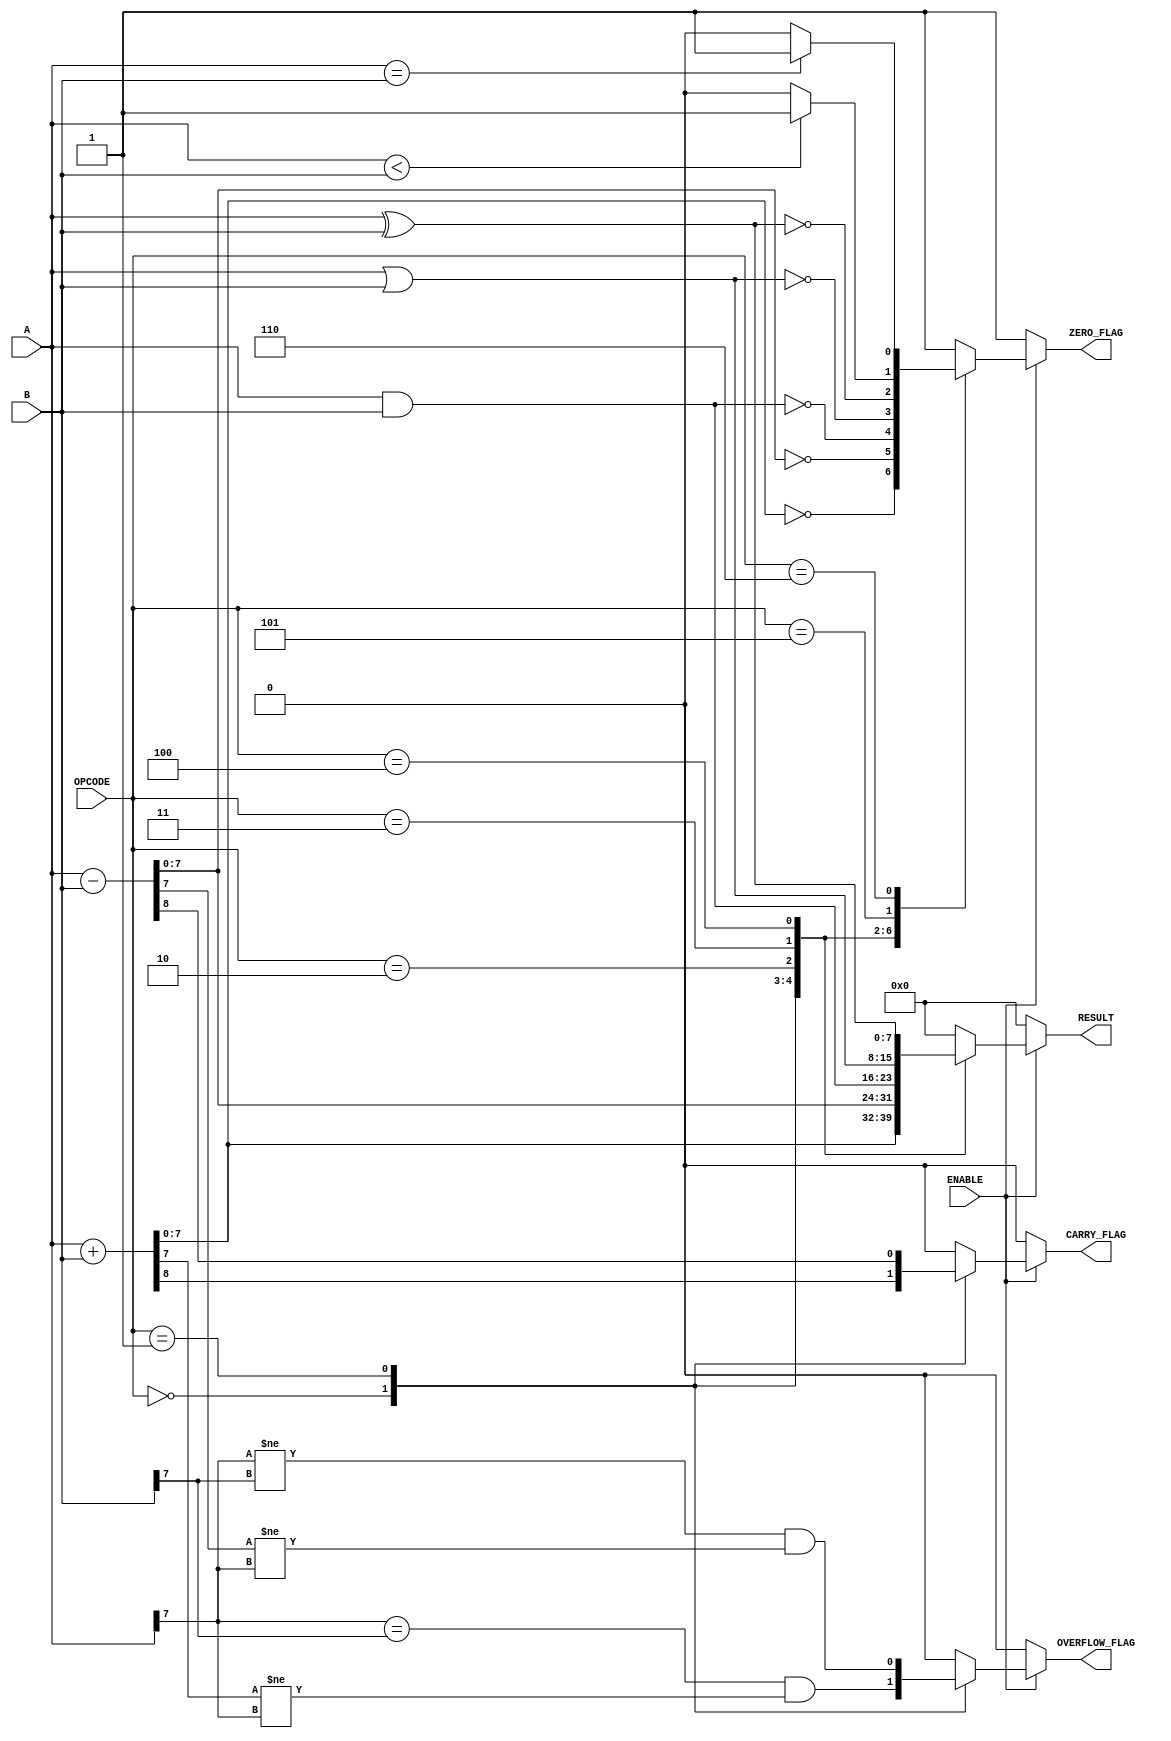
module parameterized_ALU #(
    parameter DATA_WIDTH = 8 // Define default DATA_WIDTH
)(
    input  [DATA_WIDTH-1:0] A,         // First operand
    input  [DATA_WIDTH-1:0] B,         // Second operand
    input  [2:0] OPCODE,                // Operation code
    input  ENABLE,                      // Enable signal
    output reg [DATA_WIDTH-1:0] RESULT, // Result of the operation
    output reg ZERO_FLAG,               // Zero flag
    output reg CARRY_FLAG,              // Carry flag
    output reg OVERFLOW_FLAG             // Overflow flag
);

// Operations
localparam ADD     = 3'b000;
localparam SUB     = 3'b001;
localparam AND     = 3'b010;
localparam OR      = 3'b011;
localparam XOR     = 3'b100;
localparam LT      = 3'b101;  // Less than comparison
localparam EQ      = 3'b110;  // Equal comparison

always @(*) begin
    if (!ENABLE) begin
        RESULT = 0;
        ZERO_FLAG = 1'b1;
        CARRY_FLAG = 1'b0;
        OVERFLOW_FLAG = 1'b0;
    end else begin
        case (OPCODE)
            ADD: begin
                {CARRY_FLAG, RESULT} = A + B; // Capture carry out
                ZERO_FLAG = (RESULT == 0);
                OVERFLOW_FLAG = (A[DATA_WIDTH-1] == B[DATA_WIDTH-1]) && 
                                (RESULT[DATA_WIDTH-1] != A[DATA_WIDTH-1]);
            end
            SUB: begin
                {CARRY_FLAG, RESULT} = A - B; // Capture borrow out
                ZERO_FLAG = (RESULT == 0);
                OVERFLOW_FLAG = (A[DATA_WIDTH-1] != B[DATA_WIDTH-1]) && 
                                (RESULT[DATA_WIDTH-1] != A[DATA_WIDTH-1]);
            end
            AND: begin
                RESULT = A & B;
                ZERO_FLAG = (RESULT == 0);
                CARRY_FLAG = 1'b0; // No carry for AND operation
                OVERFLOW_FLAG = 1'b0; // No overflow for AND operation
            end
            OR: begin
                RESULT = A | B;
                ZERO_FLAG = (RESULT == 0);
                CARRY_FLAG = 1'b0; // No carry for OR operation
                OVERFLOW_FLAG = 1'b0; // No overflow for OR operation
            end
            XOR: begin
                RESULT = A ^ B;
                ZERO_FLAG = (RESULT == 0);
                CARRY_FLAG = 1'b0; // No carry for XOR operation
                OVERFLOW_FLAG = 1'b0; // No overflow for XOR operation
            end
            LT: begin
                RESULT = 0; // Not used
                ZERO_FLAG = (A < B) ? 1'b1 : 1'b0;
                CARRY_FLAG = 1'b0; // Not applicable
                OVERFLOW_FLAG = 1'b0; // Not applicable
            end
            EQ: begin
                RESULT = 0; // Not used
                ZERO_FLAG = (A == B) ? 1'b1 : 1'b0;
                CARRY_FLAG = 1'b0; // Not applicable
                OVERFLOW_FLAG = 1'b0; // Not applicable
            end
            default: begin
                RESULT = 0;
                ZERO_FLAG = 1'b1;
                CARRY_FLAG = 1'b0;
                OVERFLOW_FLAG = 1'b0;
            end
        endcase
    end
end

endmodule